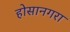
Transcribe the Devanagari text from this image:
होसानगरा